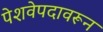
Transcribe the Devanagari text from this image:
पेशवेपदावरून